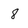
Character: 8